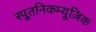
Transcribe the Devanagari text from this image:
स्पूतनिकम्यूज़िक